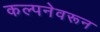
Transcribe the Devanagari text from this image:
कल्पनेवरून